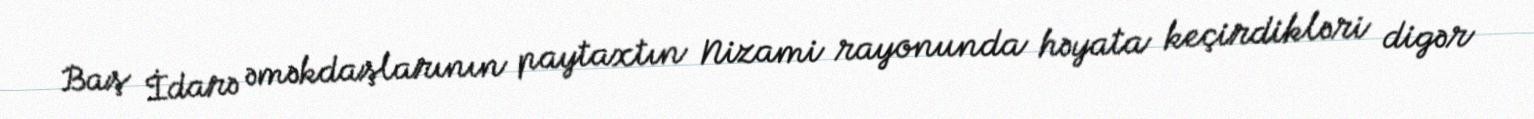
Baş İdarə əməkdaşlarının paytaxtın Nizami rayonunda həyata keçirdikləri digər